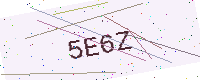
Text: 5E6Z